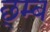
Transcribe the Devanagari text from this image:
छ्म्ब